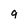
Character: 9